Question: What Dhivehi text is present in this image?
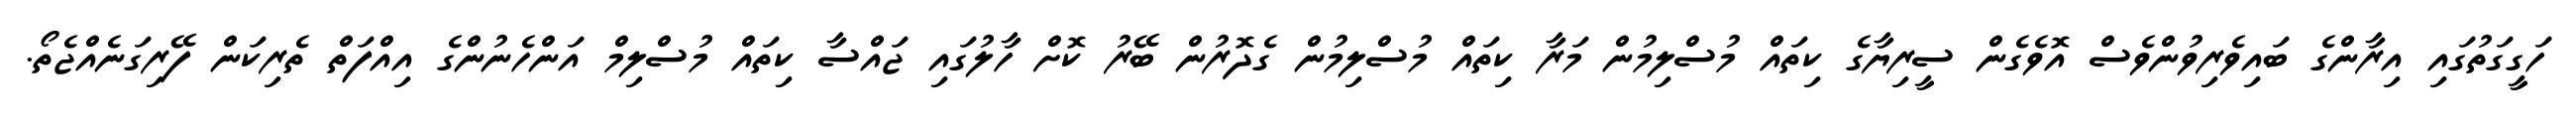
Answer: ހަގީގަތުގައި އިރާންގެ ބައިވެރިވުންވެސް އޮވެގެން ސީރިޔާގެ ކިތައް މުސްލިމުން މަރާ ކިތައް މުސްލިމުން ގެދޮރުން ބޭރު ކޮށް ހާލުގައި ޖައްސާ ކިތައް މުސްލިމް އަންހެނުންގެ އިއްފަތް ތެރިކަން ފޭރިގަނެއްޖެތޯ.